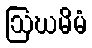
ဩဃမိမံ